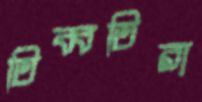
তিব্বতিরা